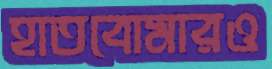
হাতবোমারও